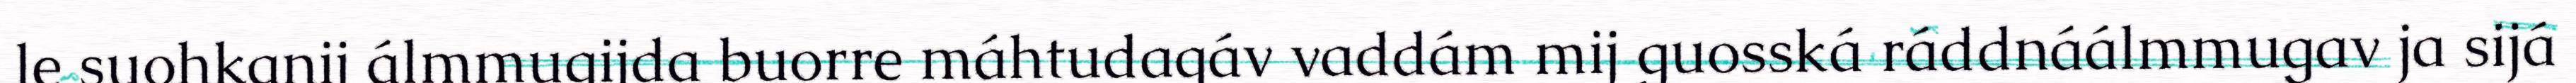
le suohkanij álmmugijda buorre máhtudagáv vaddám mij guosská ráddnáálmmugav ja sijá